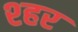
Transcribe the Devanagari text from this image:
श्हर